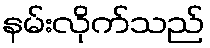
နမ်းလိုက်သည်